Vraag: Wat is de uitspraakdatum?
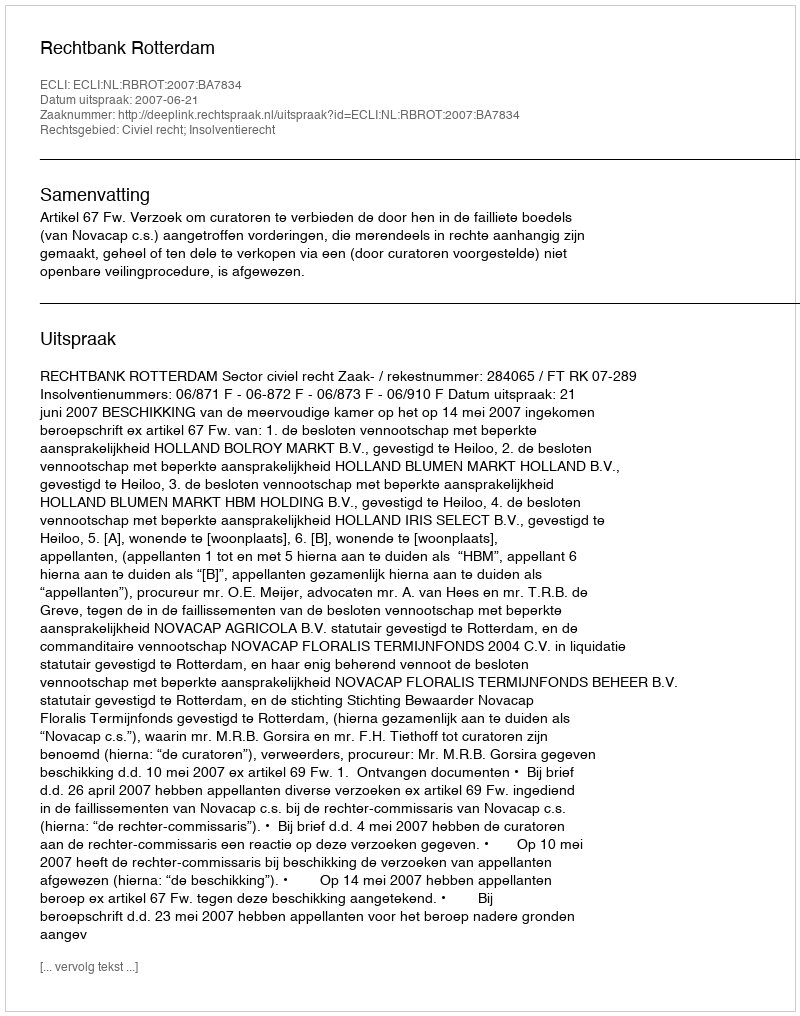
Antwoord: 2007-06-21